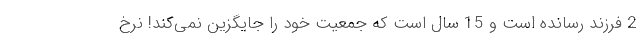
2 فرزند رسانده است و 15 سال است که جمعیت خود را جایگزین نمی‌کند! نرخ